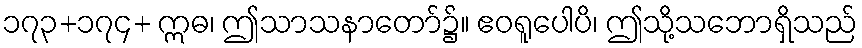
၁၇၃+၁၇၄+ ဣဓ၊ ဤသာသနာတော်၌။ ဧဝရူပေါပိ၊ ဤသို့သဘောရှိသည်